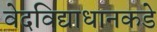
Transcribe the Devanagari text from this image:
वेदविद्याधानकडे